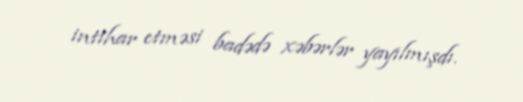
intihar etməsi badədə xəbərlər yayılmışdı.